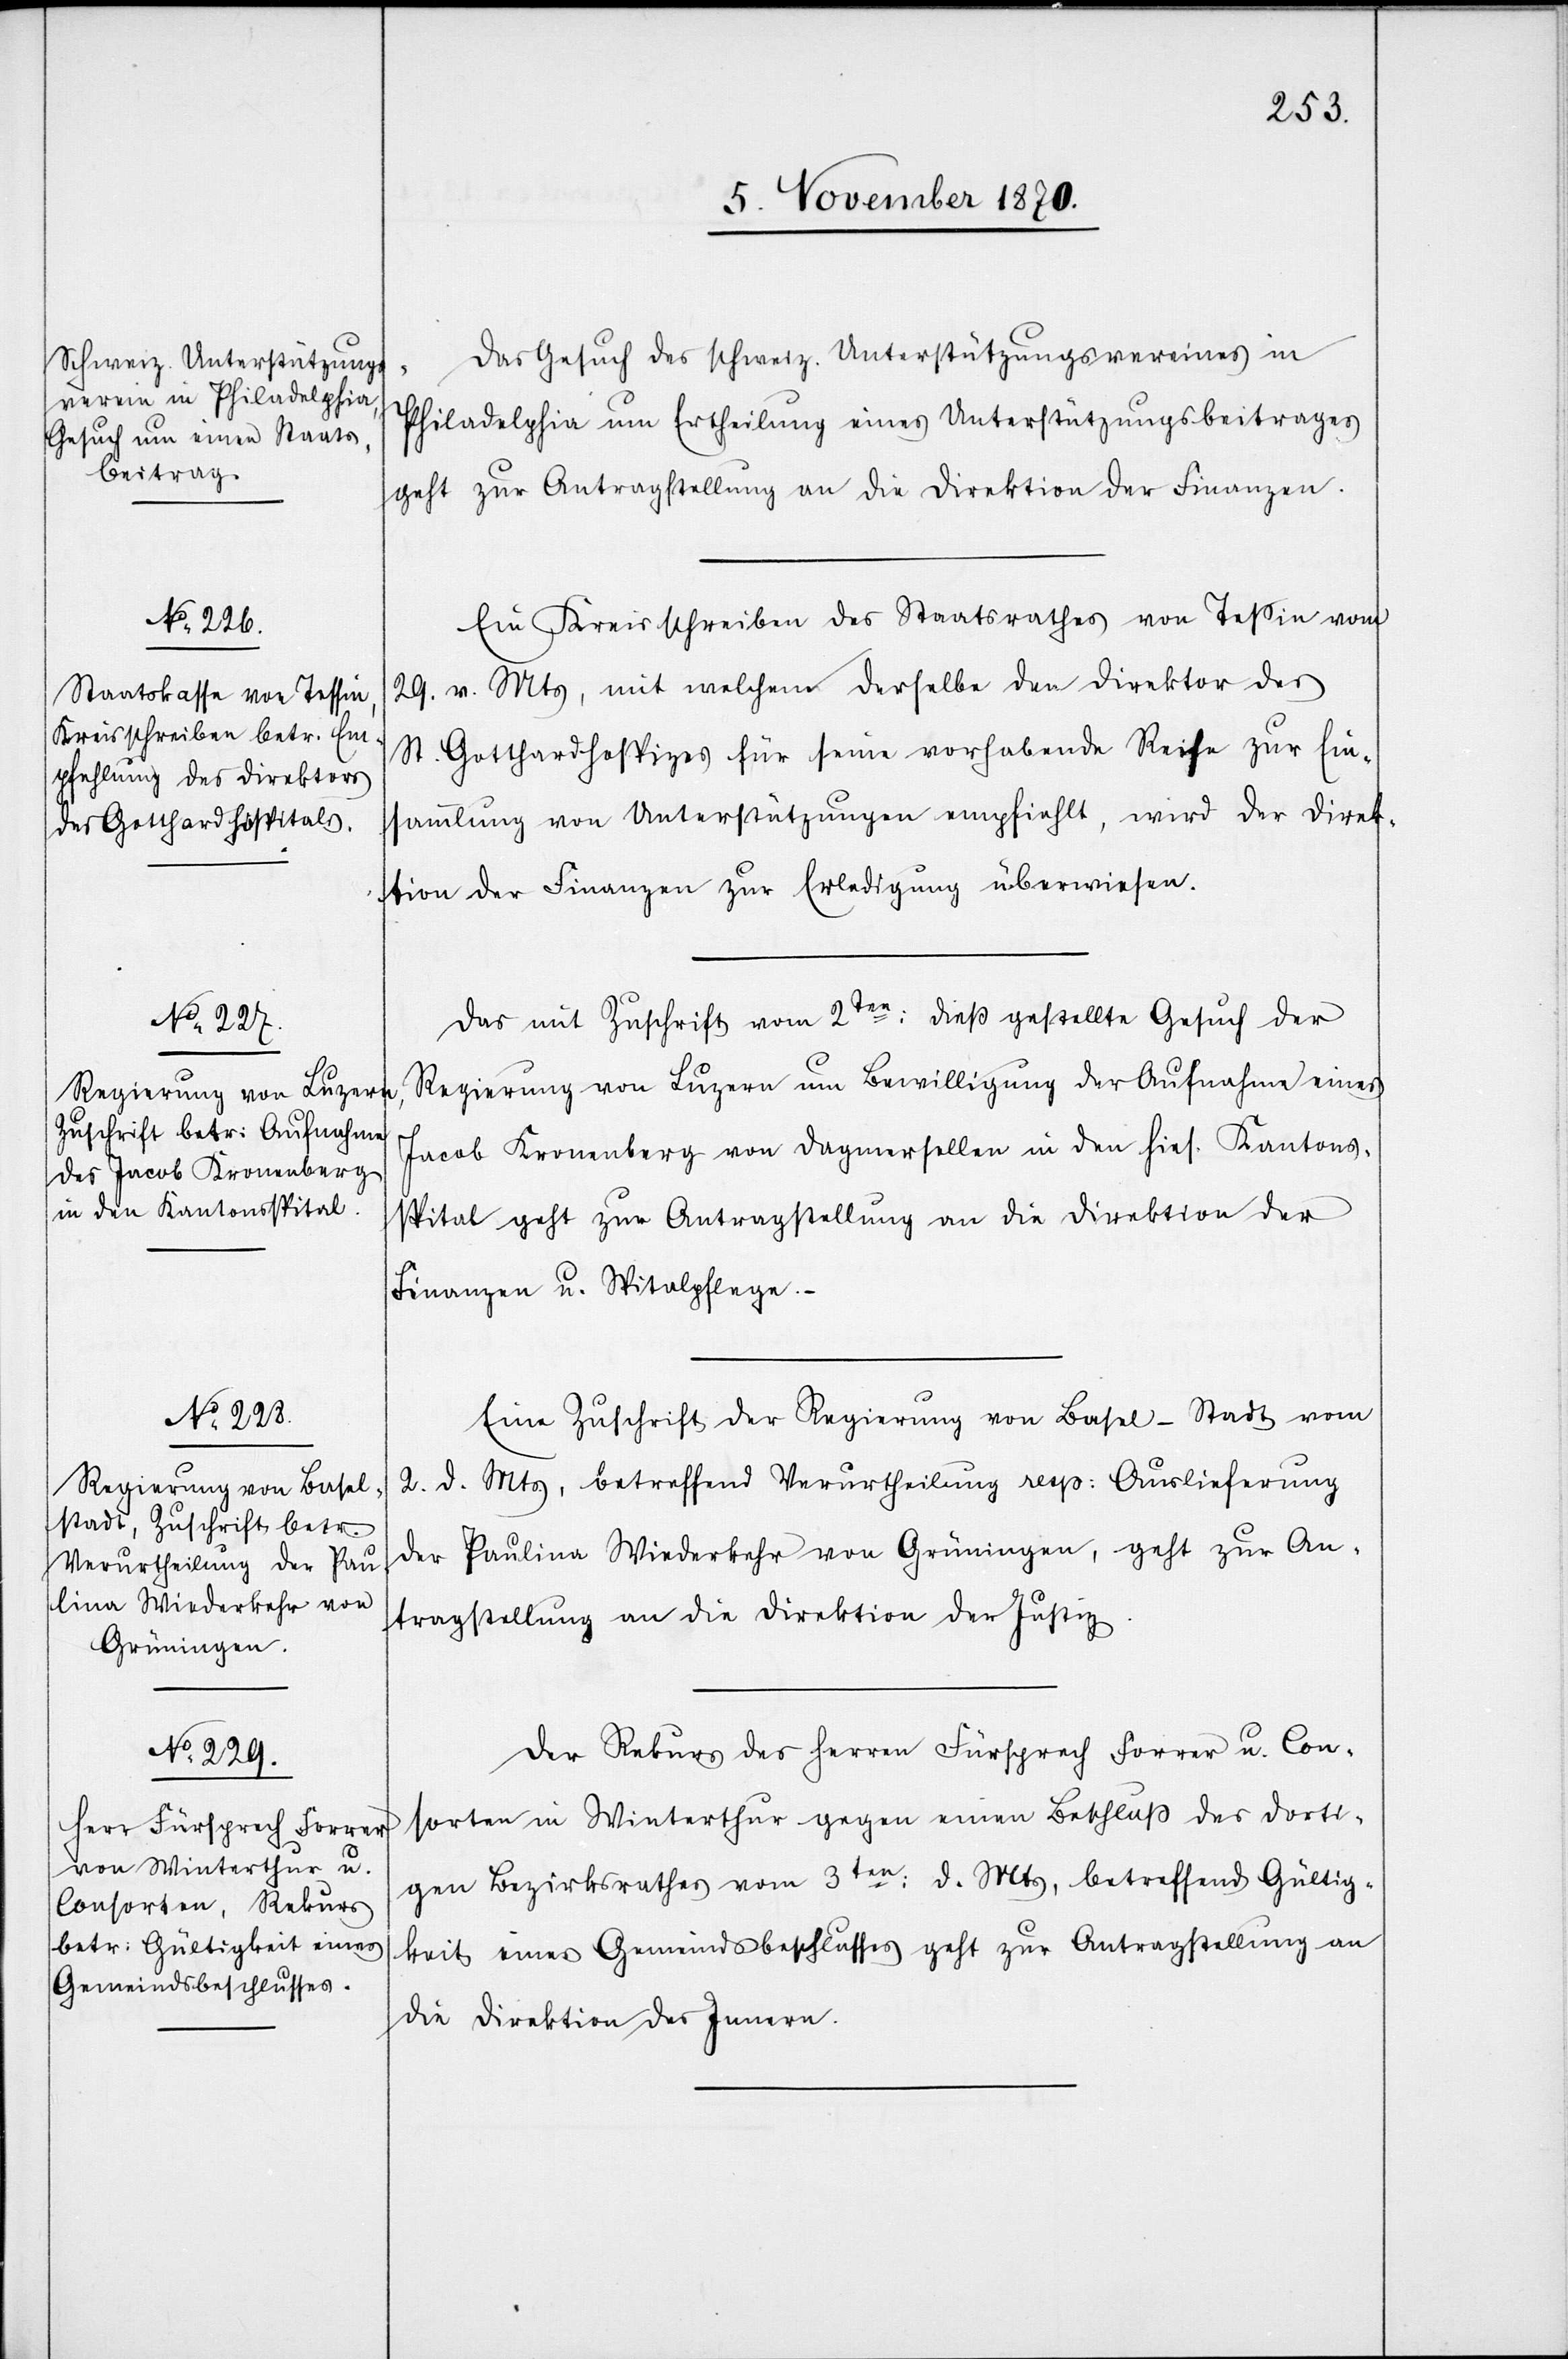
5. November 1870.]
Das Gesuch des schweiz. Unterstützungsvereines in
Philadelphia um Ertheilung eines Unterstützungsbeitrages
geht zur Antragstellung an die Direktion der Finanzen.
Ein Kreisschreiben des Staatsrathes von Teßin vom
29. v. Mts., mit welchem derselbe den Direktor des
St. Gotthardhospizes für seine vorhabende Reise zur Ein¬
sammlung von Unterstützungen empfiehlt, wird der Direk¬
tion der Finanzen zur Erledigung überwiesen.
Das mit Zuschrift vom 2ten: dieß gestellte Gesuch der
Regierung von Luzern um Bewilligung der Aufnahme eines
Jacob Kronenberg von Dagmersellen in den hies. Kantons¬
spital geht zur Antragstellung an die Direktion der
Finanzen u. Spitalpflege.
Eine Zuschrift der Regierung von Basel-Stadt vom
2. d. Mts, betreffend Verurtheilung resp: Auslieferung
der Paulina Wiederkehr von Grüningen, geht zur An¬
tragstellung an die Direktion der Justiz.
Der Rekurs der Herren Fürsprech Forrer u. Con¬
sorten in Winterthur gegen einen Beschluß des dorti¬
gen Bezirksrathes vom 3ten: d. Mts, betreffend Gültig¬
keit eines Gemeindsbeschlusses geht zur Antragstellung an
die Direktion des Innern.